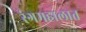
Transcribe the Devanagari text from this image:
रंगमहालात